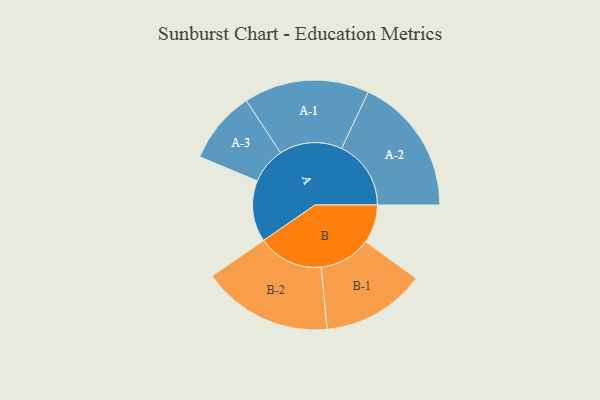
{"axis": {"x": "Segment", "y": "Value"}, "legend": ["", "A", "B"], "data": [{"x": "A", "y": 260, "type": ""}, {"x": "B", "y": 163, "type": ""}, {"x": "A-1", "y": 266, "type": "A"}, {"x": "A-2", "y": 294, "type": "A"}, {"x": "A-3", "y": 154, "type": "A"}, {"x": "B-1", "y": 220, "type": "B"}, {"x": "B-2", "y": 277, "type": "B"}]}